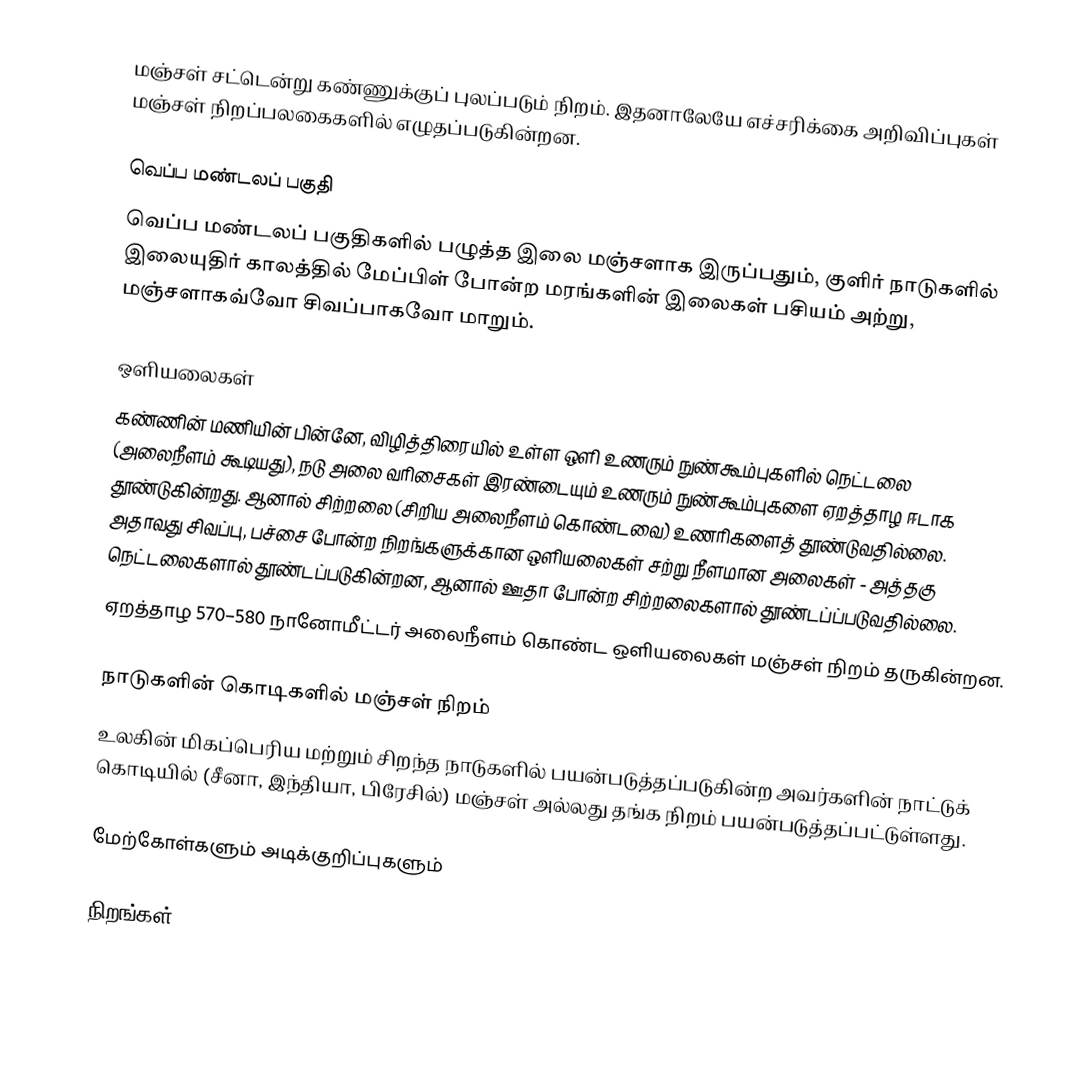
மஞ்சள் சட்டென்று கண்ணுக்குப் புலப்படும் நிறம். இதனாலேயே எச்சரிக்கை அறிவிப்புகள் மஞ்சள் நிறப்பலகைகளில் எழுதப்படுகின்றன.

வெப்ப மண்டலப் பகுதி
வெப்ப மண்டலப் பகுதிகளில் பழுத்த இலை மஞ்சளாக இருப்பதும், குளிர் நாடுகளில் இலையுதிர் காலத்தில் மேப்பிள் போன்ற மரங்களின் இலைகள் பசியம் அற்று, மஞ்சளாகவ்வோ சிவப்பாகவோ மாறும்.

ஒளியலைகள்
கண்ணின் மணியின் பின்னே, விழித்திரையில் உள்ள ஒளி உணரும் நுண்கூம்புகளில் நெட்டலை (அலைநீளம் கூடியது), நடு அலை வரிசைகள் இரண்டையும் உணரும் நுண்கூம்புகளை ஏறத்தாழ ஈடாக தூண்டுகின்றது. ஆனால் சிற்றலை (சிறிய அலைநீளம் கொண்டவை) உணரிகளைத் தூண்டுவதில்லை. அதாவது சிவப்பு, பச்சை போன்ற நிறங்களுக்கான ஒளியலைகள் சற்று நீளமான அலைகள் - அத்தகு நெட்டலைகளால் தூண்டப்படுகின்றன, ஆனால் ஊதா போன்ற சிற்றலைகளால் தூண்டப்ப்படுவதில்லை.
 ஏறத்தாழ 570–580 நானோமீட்டர் அலைநீளம் கொண்ட ஒளியலைகள் மஞ்சள் நிறம் தருகின்றன.

நாடுகளின் கொடிகளில் மஞ்சள் நிறம்
உலகின் மிகப்பெரிய மற்றும் சிறந்த நாடுகளில் பயன்படுத்தப்படுகின்ற அவர்களின் நாட்டுக் கொடியில் (சீனா, இந்தியா, பிரேசில்) மஞ்சள் அல்லது தங்க நிறம் பயன்படுத்தப்பட்டுள்ளது.

மேற்கோள்களும் அடிக்குறிப்புகளும்

நிறங்கள்